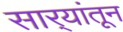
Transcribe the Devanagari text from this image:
सार्‍यांतून